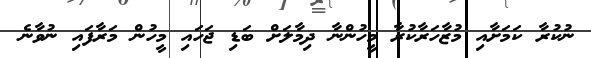
ނުކުރާ ކަމަށާއި މުޒާހަރާކުރާ މީހުންނާ ދިމާލަށް ބަޑި ޖަހައި މީހުން މަރާފައި ނުވާނެ